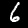
Digit: 6